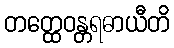
တတ္ထေဝန္တရဓာယီတိ